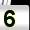
Digit: 5